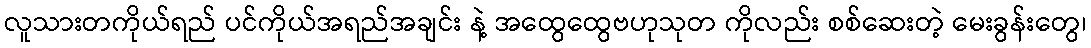
လူသားတကိုယ်ရည် ပင်ကိုယ်အရည်အချင်း နဲ့ အထွေထွေဗဟုသုတ ကိုလည်း စစ်ဆေးတဲ့ မေးခွန်းတွေ၊